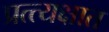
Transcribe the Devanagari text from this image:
प्रत्त्यक्षात